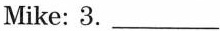
Mike: 3.___